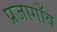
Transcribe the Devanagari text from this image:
प्रजागाँव